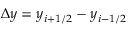
\Delta y = y _ { i + 1 / 2 } - y _ { i - 1 / 2 }